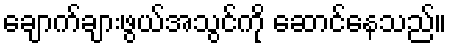
ချောက်ချားဖွယ်အသွင်ကို ဆောင်နေသည်။